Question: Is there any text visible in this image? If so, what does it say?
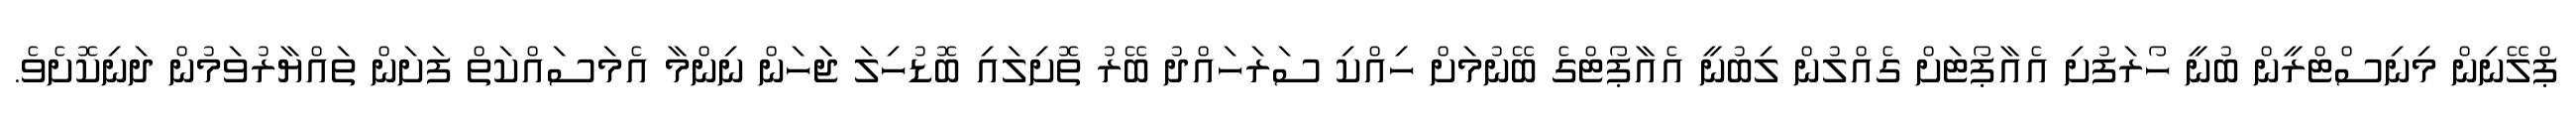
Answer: ޕްލޭނިން މިނިސްޓްރީން ބުނީ ހޯރަފުށި އެއާޕޯޓަށް ގެއްލުން ލިބުނީ އެއާޕޯޓްގެ ބޭނުމަށް ހިއްކި ސަރަހައްދު ބޭރު ތޮށިލައި ބޮޑުހިލަ ޖަަހަން ނިންމާ އެމަސައްކަތް ފަށަން ތައްޔާރުވަމުން ދަނިކޮށެވެ.